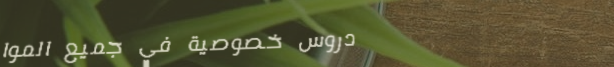
دروس خصوصية في جميع الموا